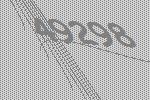
49298